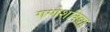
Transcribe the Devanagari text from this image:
गणेशविद्या